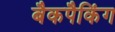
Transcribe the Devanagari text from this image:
बैकपैकिंग